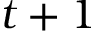
{ t + 1 }